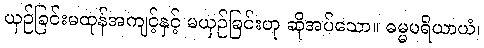
ယှဉ်ခြင်းမထုန်အကျင့်နှင့် မယှဉ်ခြင်းဟု ဆိုအပ်သော။ ဓမ္မပရိယာယံ၊